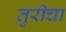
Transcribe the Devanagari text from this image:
तुरीचा